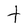
Character: t